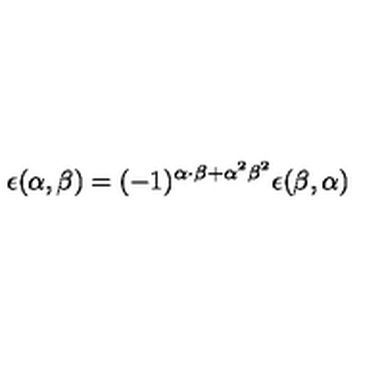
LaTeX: \epsilon ( \alpha , \beta ) = ( - 1 ) ^ { \alpha \cdot \beta + { \alpha } ^ { 2 } { \beta } ^ { 2 } } \epsilon ( \beta , \alpha )